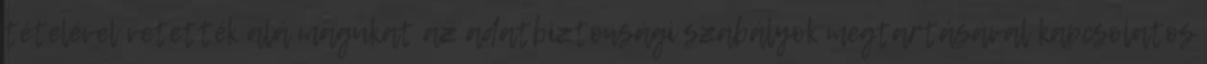
tételével vetették alá magukat az adatbiztonsági szabályok megtartásával kapcsolatos